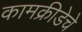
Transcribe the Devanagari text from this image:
कामक्रीडेचे